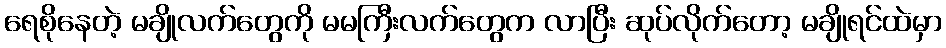
ရေစိုနေတဲ့ မချိုလက်တွေကို မမကြီးလက်တွေက လာပြီး ဆုပ်လိုက်တော့ မချိုရင်ထဲမှာ